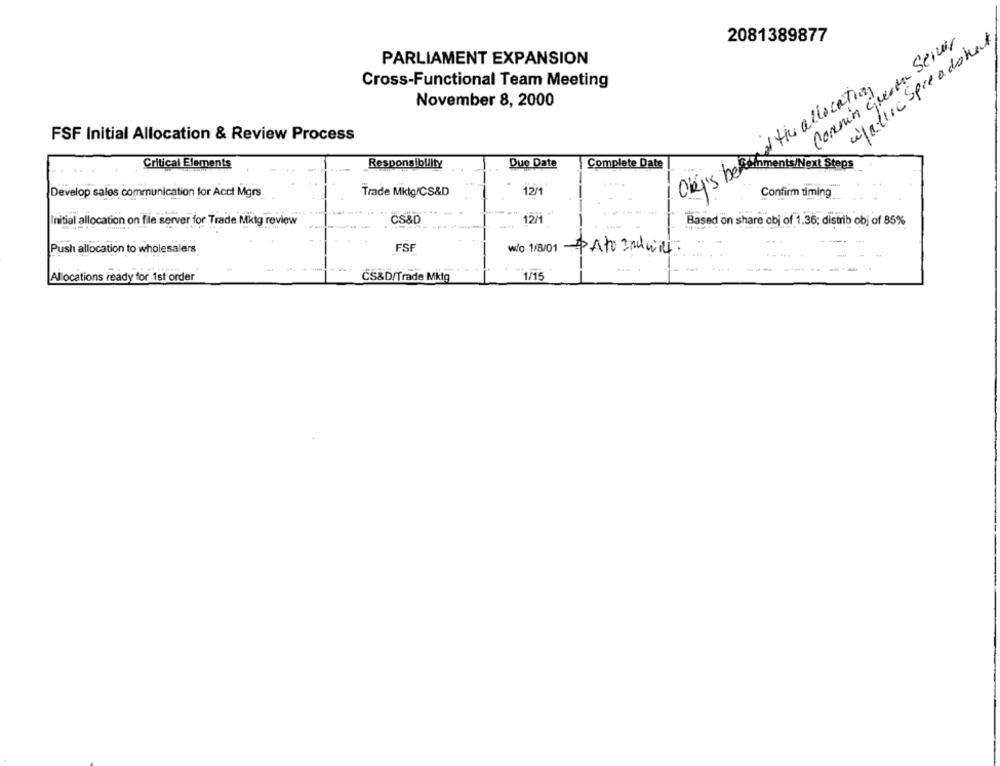
2081389877
afatica Spreadshet
Cornin Guerra Server
PARLIAMENT EXPANSION
Cross-Functional Team Meeting
and the allocating
November 8, 2000
FSF Initial Allocation & Review Process
Critical Elements
Responsibility
Due Date
Complete Date
Okj's be femments/ Next Steps
12/1
Confirm timing
Develop sales communication for Acct Mgrs
Trade Mktg/CS&D
--
Initial allocation on file server for Trade Mktg review
CS&D
12/1
Based on share obj of 1.36; distrib obj of 85%
-
Push allocation to wholesalers
FSF
w/o 1/8/01 PATO Indwill.
1/15
Allocations ready for 1st order
ČS&D/Trade Mktg